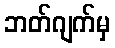
ဘတ်ဂျက်မှ